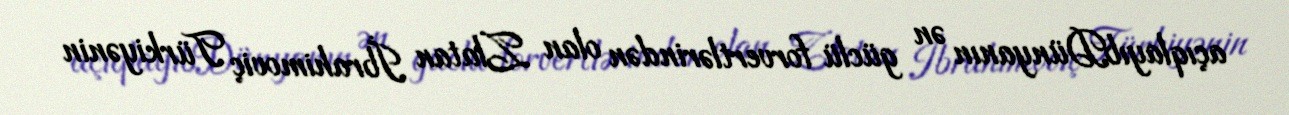
açıqlayıbDünyanın ən güclü forvertlərindən olan Zlatan İbrahimoviç Türkiyənin